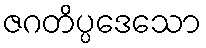
ဇဂတိပ္ပဒေသော